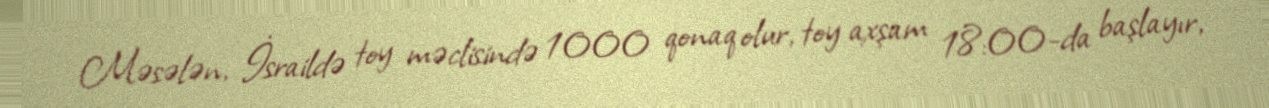
Məsələn, İsraildə toy məclisində 1000 qonaq olur, toy axşam 18:00-da başlayır,